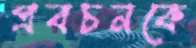
প্রবচনকে